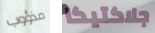
مذؤوب جلاكتيكا